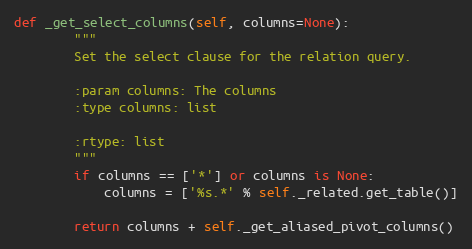
Language: Python
def _get_select_columns(self, columns=None):
        """
        Set the select clause for the relation query.

        :param columns: The columns
        :type columns: list

        :rtype: list
        """
        if columns == ['*'] or columns is None:
            columns = ['%s.*' % self._related.get_table()]

        return columns + self._get_aliased_pivot_columns()